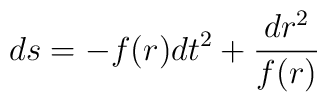
ds =  - f(r)dt^2+\frac{dr^2}{f(r)}